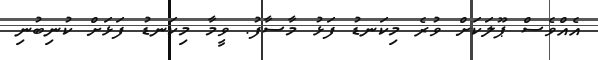
އެއްވެސް ޕޫލަކަށް ވުރެ މިކަނޑު ފަޅު މާސާފު. ވީމާ މިކަނޑު ފަޅަށް ކުނިބުނި